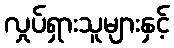
လှုပ်ရှားသူများနှင့်